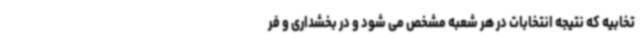
تخابیه که نتیجه انتخابات در هر شعبه مشخص می شود و در بخشداری و فر